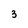
Character: 3